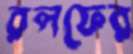
রলফের